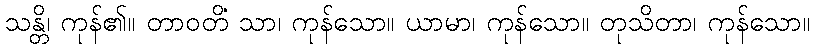
သန္တိ၊ ကုန်၏။ တာဝတိံ သာ၊ ကုန်သော။ ယာမာ၊ ကုန်သော။ တုသိတာ၊ ကုန်သော။